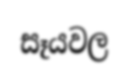
සෑයවල